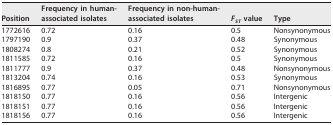
<table><thead><tr><td><b>Position</b></td><td><b>Frequency in human-associated isolates</b></td><td><b>Frequency in non-human-associated isolates</b></td><td><b><i>F</i><sub><i>ST</i></sub> value</b></td><td><b>Type</b></td></tr></thead><tbody><tr><td>1772616</td><td>0.72</td><td>0.16</td><td>0.5</td><td>Nonsynonymous</td></tr><tr><td>1797190</td><td>0.9</td><td>0.37</td><td>0.48</td><td>Synonymous</td></tr><tr><td>1808274</td><td>0.8</td><td>0.21</td><td>0.52</td><td>Synonymous</td></tr><tr><td>1811585</td><td>0.72</td><td>0.16</td><td>0.5</td><td>Synonymous</td></tr><tr><td>1811777</td><td>0.9</td><td>0.37</td><td>0.48</td><td>Nonsynonymous</td></tr><tr><td>1813204</td><td>0.74</td><td>0.16</td><td>0.53</td><td>Synonymous</td></tr><tr><td>1816895</td><td>0.77</td><td>0.05</td><td>0.71</td><td>Nonsynonymous</td></tr><tr><td>1818150</td><td>0.77</td><td>0.16</td><td>0.56</td><td>Intergenic</td></tr><tr><td>1818151</td><td>0.77</td><td>0.16</td><td>0.56</td><td>Intergenic</td></tr><tr><td>1818156</td><td>0.77</td><td>0.16</td><td>0.56</td><td>Intergenic</td></tr></tbody></table>